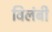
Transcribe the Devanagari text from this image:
विलंबी